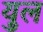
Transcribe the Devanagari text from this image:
युल